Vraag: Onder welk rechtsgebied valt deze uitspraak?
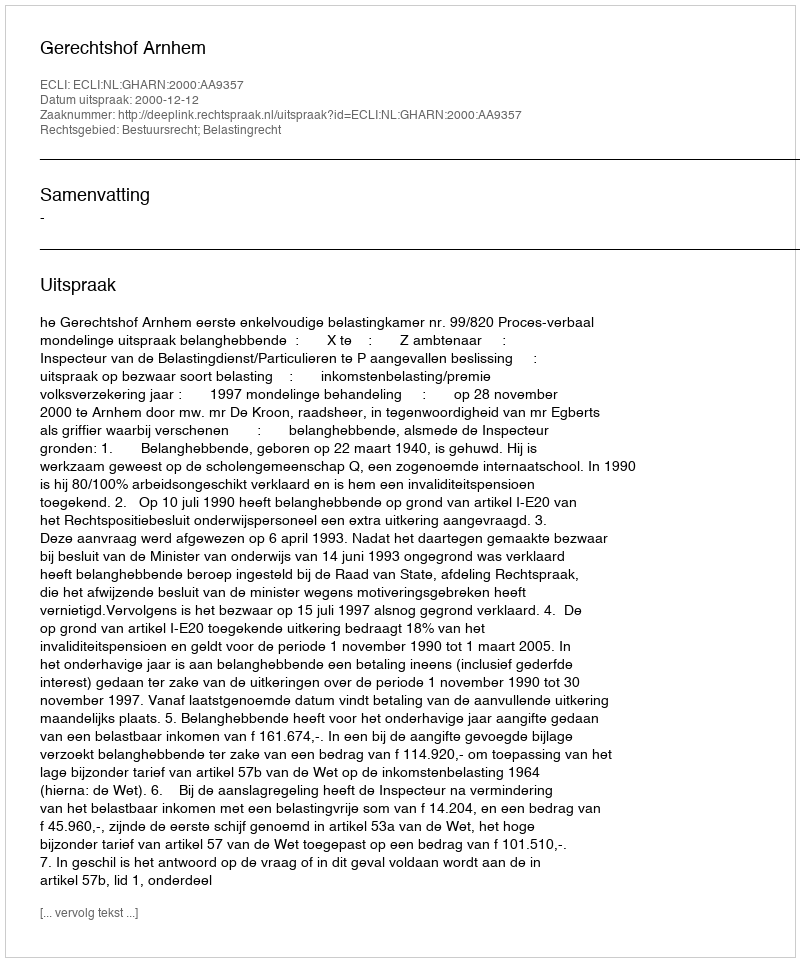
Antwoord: Bestuursrecht; Belastingrecht